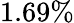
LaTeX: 1.69\%